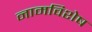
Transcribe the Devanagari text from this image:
नामविशेष